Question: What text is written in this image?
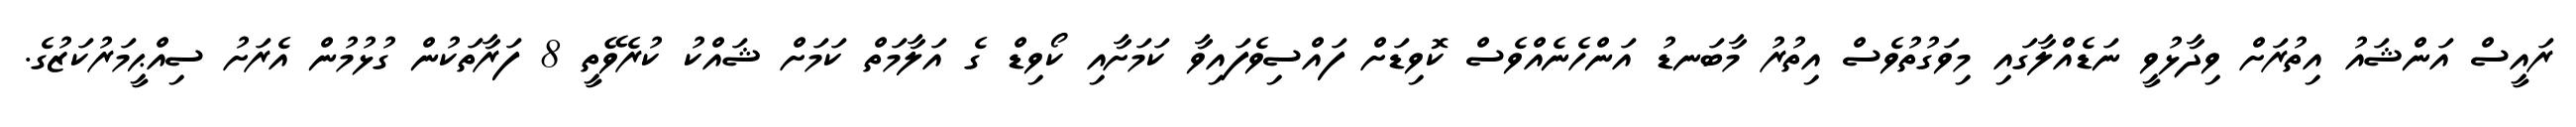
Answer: ރައީސް އަންޝައު އިތުރަށް ވިދާޅުވީ ނަޑެއްލާގައި މިވަގުތުވެސް އިތުރު މާބަނޑު އަންހެނެއްވެސް ކޮވިޑަށް ފައްސިވެފައިވާ ކަމަށާއި ކޯވިޑް ގެ އަލާމަތް ކަމަށް ޝައްކު ކުރެވޭތީ 8 ފަރާތަކުން ގުޅުމުން އެރަށު ސިއްޙީމަރުކަޒުގެ.